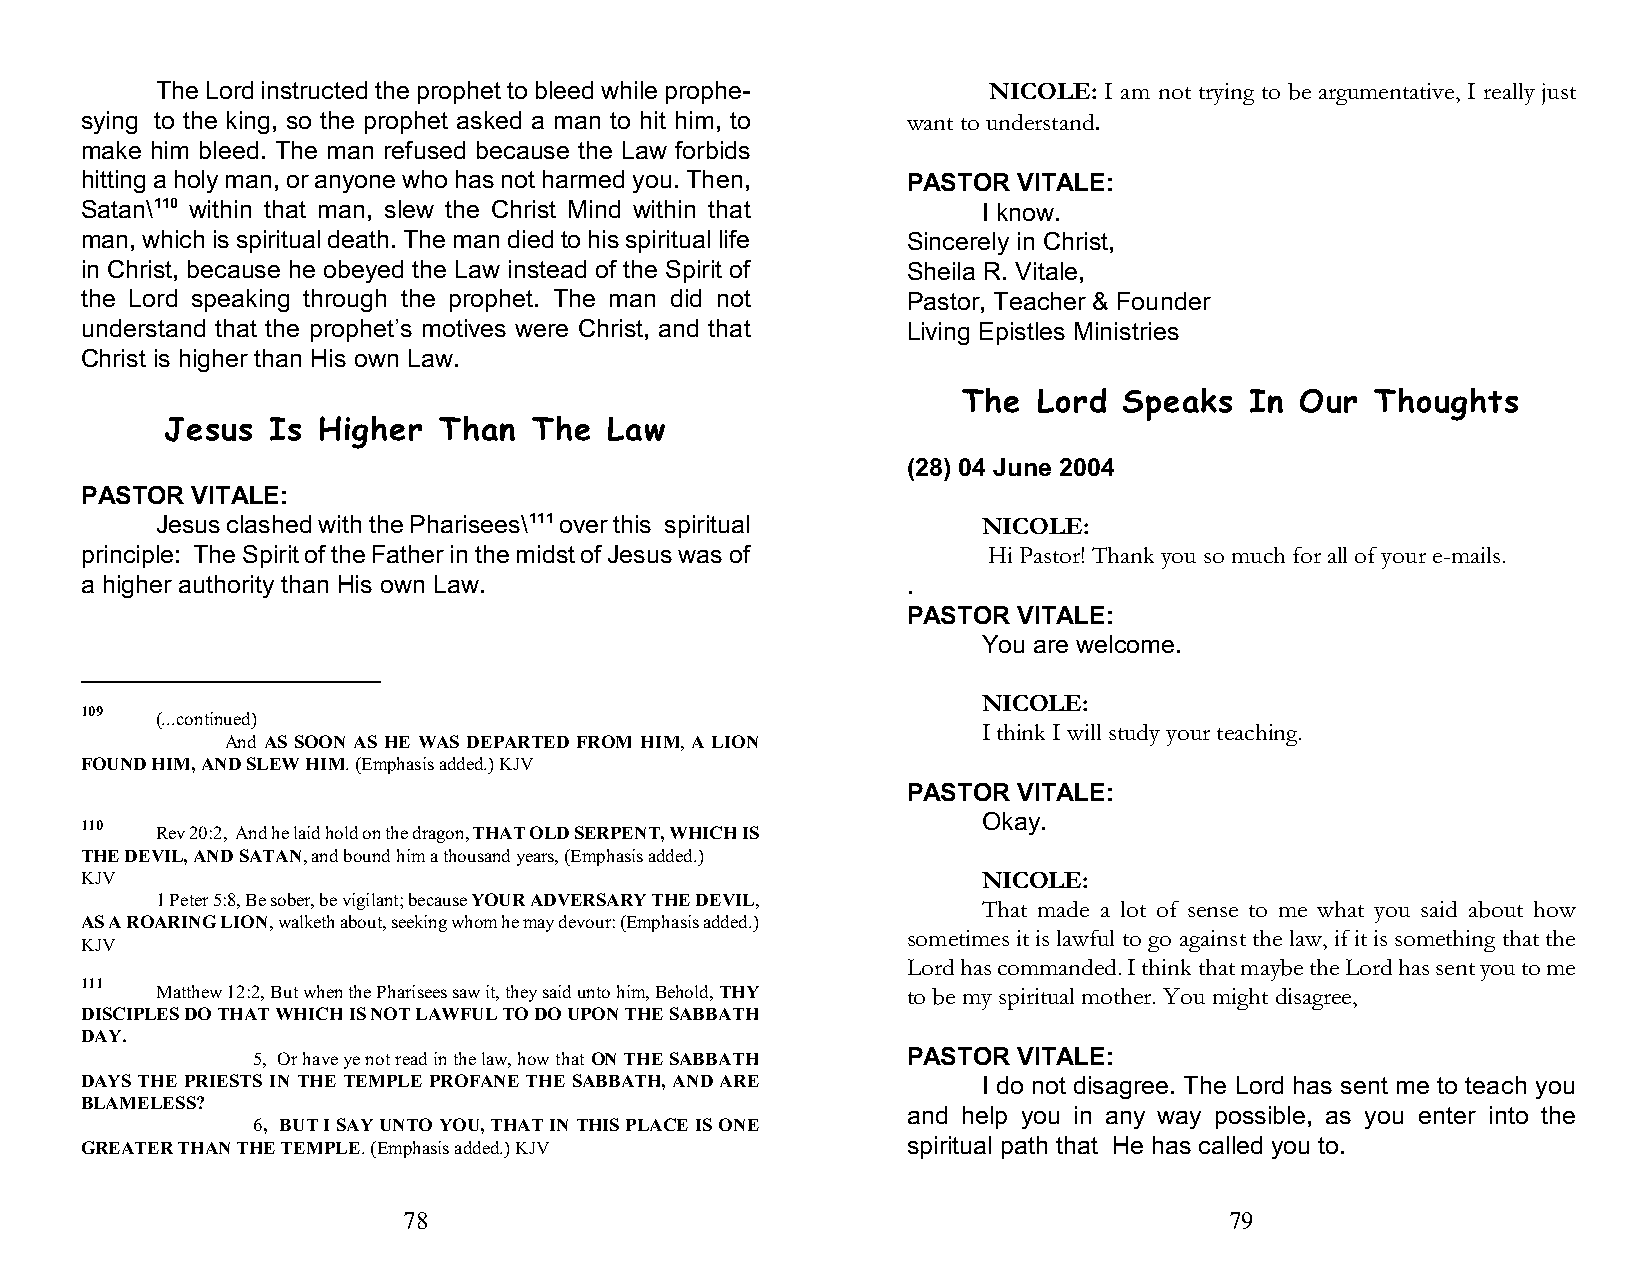
The Lord instructed the prophet to bleed while prophe- NICOLE: I am not trying to be argumentative, I really just
 sying to the king, so the prophet asked a man to hit him, to want to understand.
 make him bleed. The man refused because the Law forbids
 hitting a holy man, or anyone who has not harmed you. Then, PASTOR VITALE:
 Satan\110 within that man, slew the Christ Mind within that I know.
 man, which is spiritual death. The man died to his spiritual life Sincerely in Christ,
 in Christ, because he obeyed the Law instead of the Spirit of Sheila R. Vitale,
 the Lord speaking through the prophet. The man did not Pastor, Teacher & Founder
 understand that the prophet’s motives were Christ, and that Living Epistles Ministries
 Christ is higher than His own Law.
 The  Lord Speaks   In Our  Thoughts
 Jesus  Is Higher  Than  The  Law
 (28) 04 June 2004
 PASTOR  VITALE:
 Jesus clashed with the Pharisees\111 over this spiritual NICOLE:
 principle: The Spirit of the Father in the midst of Jesus was of Hi Pastor! Thank you so much for all of your e-mails.
 a higher authority than His own Law.                   .
 PASTOR VITALE:
 You are welcome.
 NICOLE:
 109
 (...continued)
 I think I will study your teaching.
 And AS SOON AS HE WAS DEPARTED FROM HIM, A LION
 FOUND HIM, AND SLEW HIM. (Emphasis added.) KJV
 PASTOR VITALE:
 Okay.
 110
 Rev 20:2, And he laid hold on the dragon, THAT OLD SERPENT, WHICH IS
 THE DEVIL, AND SATAN, and bound him a thousand years, (Emphasis added.)
 KJV                                                         NICOLE:
 1 Peter 5:8, Be sober, be vigilant; because YOUR ADVERSARY THE DEVIL,
 That made a lot of sense to me what you said about how
 AS A ROARING LION, walketh about, seeking whom he may devour: (Emphasis added.)
 sometimes it is lawful to go against the law, if it is something that the
 KJV
 Lord has commanded. I think that maybe the Lord has sent you to me
 111
 Matthew 12:2, But when the Pharisees saw it, they said unto him, Behold, THY to be my spiritual mother. You might disagree,
 DISCIPLES DO THAT WHICH IS NOT LAWFUL TO DO UPON THE SABBATH
 DAY.
 5, Or have ye not read in the law, how that ON THE SABBATH PASTOR VITALE:
 DAYS THE PRIESTS IN THE TEMPLE PROFANE THE SABBATH, AND ARE I do not disagree. The Lord has sent me to teach you
 BLAMELESS?
 and help you in any way possible, as you enter into the
 6, BUT I SAY UNTO YOU, THAT IN THIS PLACE IS ONE
 GREATER THAN THE TEMPLE. (Emphasis added.) KJV         spiritual path that He has called you to.
 78                                                    79